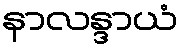
နာလန္ဒာယံ